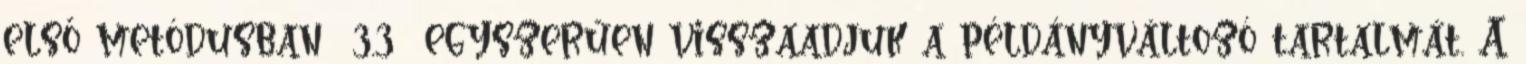
első metódusban 3.3 egyszerűen visszaadjuk a példányváltozó tartalmát. A